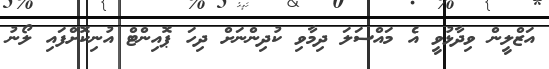
އަޒްލީން ވިދާޅުވީ އެ މައްސަލަ ދިމާވި ކުދިންނަށް ދިހަ ޕޮއިންޓް އުނިކޮށްފައި ލޯނު